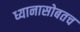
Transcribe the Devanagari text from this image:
ध्यानासोबतच